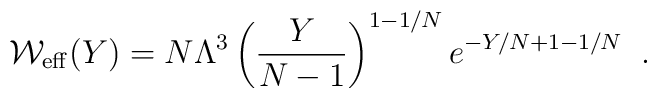
{\cal W}_{\rm eff} (Y) =  N \Lambda^3\left(\frac{Y}{N-1}\right)^{1-1/N} e^{-Y/N+1-1/N} \;\;.